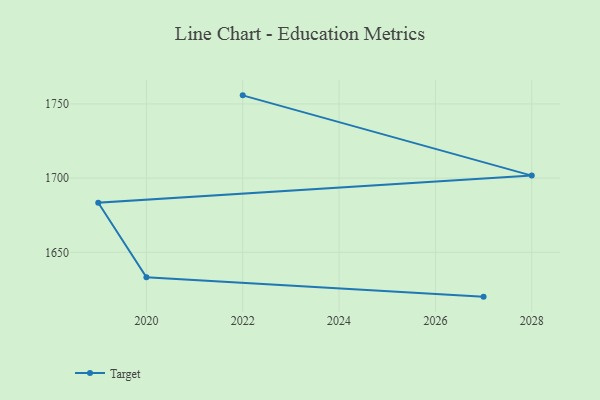
{"axis": {"x": "Year", "y": "Population (Million)"}, "legend": ["Target"], "data": [{"x": "2022", "y": 1755.8, "type": "Target"}, {"x": "2028", "y": 1701.7, "type": "Target"}, {"x": "2019", "y": 1683.4, "type": "Target"}, {"x": "2020", "y": 1633.2, "type": "Target"}, {"x": "2027", "y": 1620.1, "type": "Target"}]}